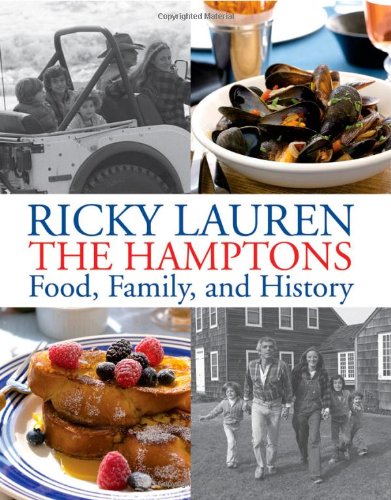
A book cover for The Hamptons: Food, Family, and History; Ricky Lauren; Cookbooks, Food & Wine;